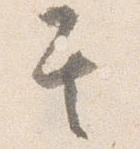
其